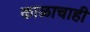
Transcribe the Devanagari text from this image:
काळाचाही